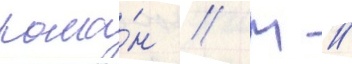
рома́н // М //